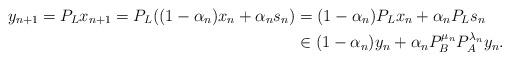
LaTeX: \begin{align*}y_{n+1} =P_Lx_{n+1} =P_L((1-\alpha_n)x_n +\alpha_n s_n) &=(1-\alpha_n)P_Lx_n +\alpha_n P_Ls_n\\&\in (1-\alpha_n)y_n +\alpha_n P_B^{\mu_n}P_A^{\lambda_n}y_n.\end{align*}